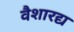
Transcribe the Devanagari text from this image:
वैशारद्य